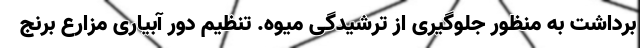
برداشت به منظور جلوگیری از ترشیدگی میوه. تنظیم دور آبیاری مزارع برنج